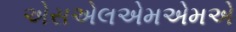
એસએલએમએમએ